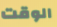
الوقت